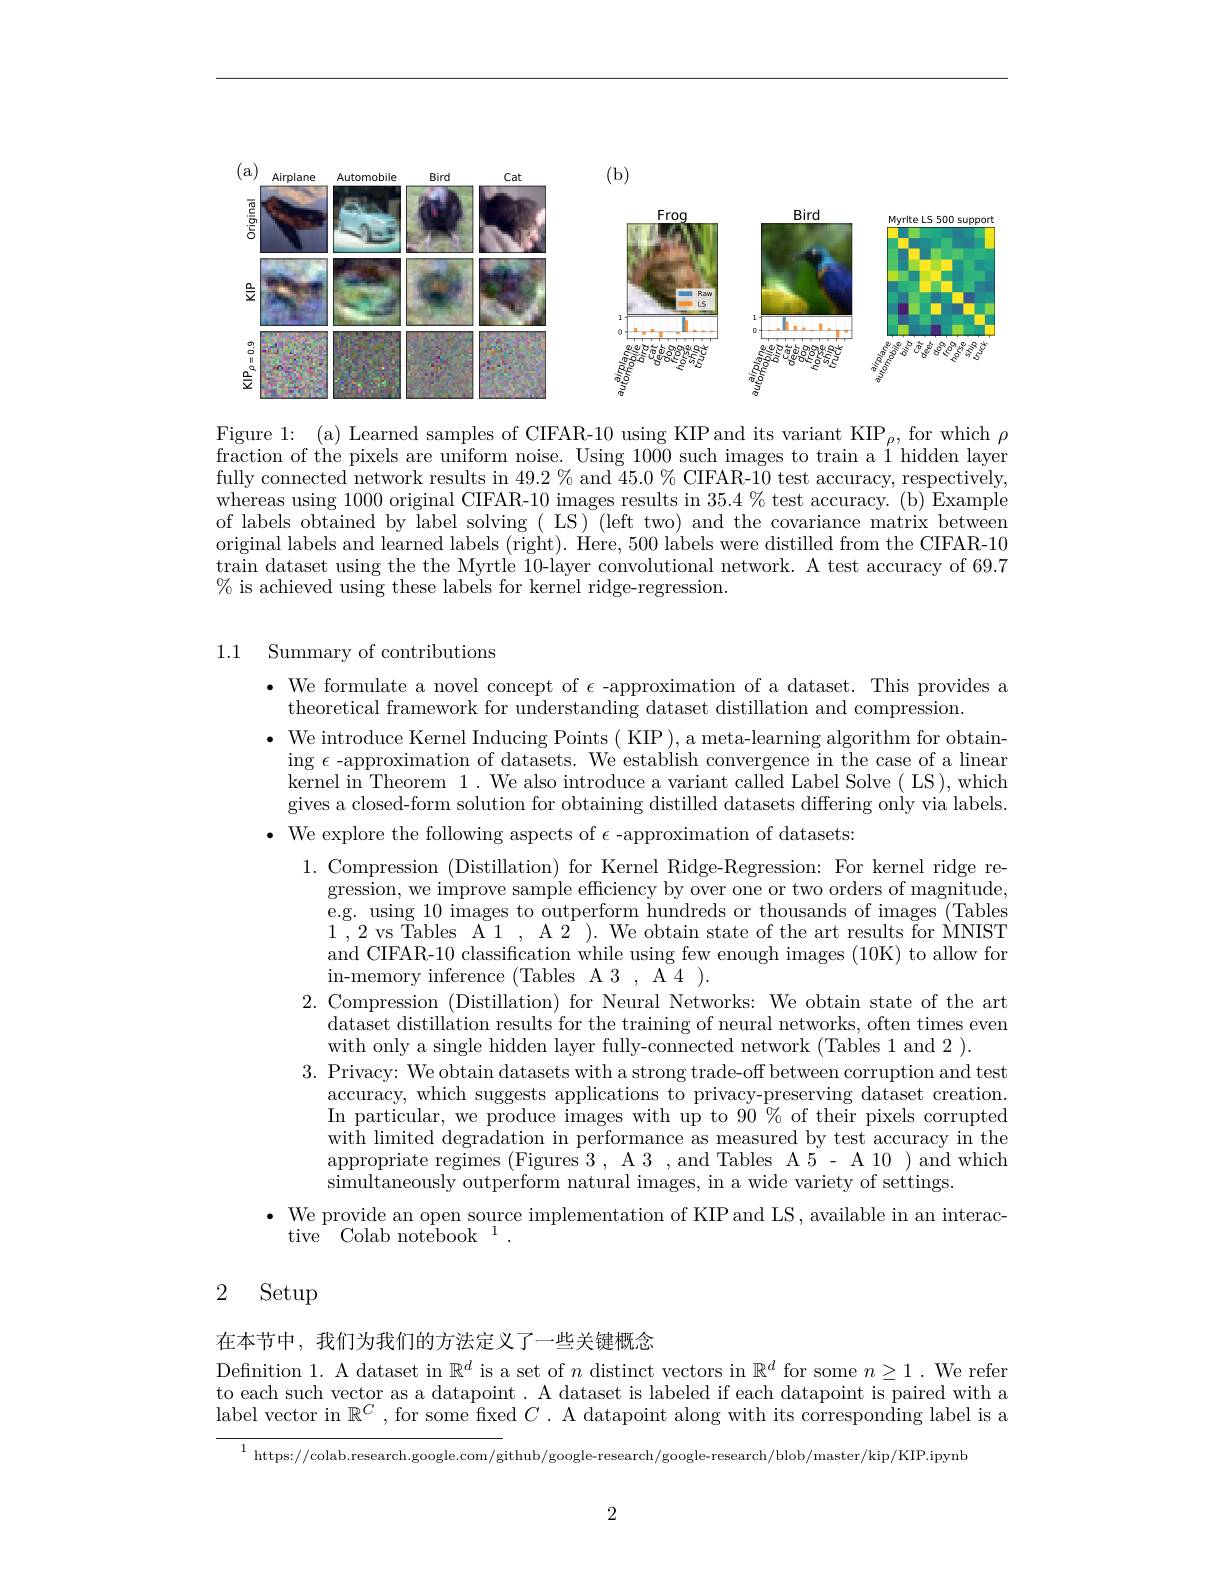
<FigureHere>

Figure 1: (a) Learned samples of CIFAR-10 using KIP and its variant KIP$_\rho$, for which $\rho$ fraction of the pixels are uniform noise. Using 1000 such images to train a i hidden layer fully connected network results in $49.2\%$ and $45.0\%$ CIFAR-10 test accuracy, respectively, whereas using 1000 original CIFAR-10 images results in $35.4\%$ test accuracy. (b) Example of labels obtained by label solving ( LS) (left two) and the covariance matrix between original labels and learned labels (right). Here, 500 labels were distilled from the CIFAR-10 train dataset using the the Myrtle 10-layer convolutional network. A test accuracy of 69.7 % is achieved using these labels for kernel ridge-regression.

## 1.1 Summary of contributions

· We formulate a novel concept of $\epsilon$ -approximation of a dataset. This provides a
theoretical framework for understanding dataset distillation and compression.
$\bullet$ We introduce Kernel Inducing Points ( KIP ), a meta-learning algorithm for obtain-
ing $\epsilon$ -approximation of datasets. We establish convergence in the case of a linear kernel in Theorem 1. We also introduce a variant called Label Solve ( LS),which gives a closed-form solution for obtaining distilled datasets differing only via labels.
$\bullet$ We explore the following aspects of $\epsilon$-approximation of datasets:
1. Compression (Distillation) for Kernel Ridge-Regression: For kernel ridge re-
gression, we improve sample efficiency by over one or two orders of magnitude, e.g. using 10 images to outperform hundreds or thousands of images (Tables 1,2 vs Tables A1 , A2 ). We obtain state of the art results for MNIST and CIFAR-10 classification while using few enough images (10K) to allow for in-memory inference (Tables A3, A4 ).
2. Compression (Distillation) for Neural Networks: We obtain state of the art
dataset distillation results for the training of neural networks, often times even
with only a single hidden layer fully-connected network (Tables 1 and 2 ).
3. Privacy: We obtain datasets with a strong trade-off between corruption and test
accuracy, which suggests applications to privacy-preserving dataset creation. In particular, we produce images with up to $90\%$ of their pixels corrupted with limited degradation in performance as measured by test accuracy in the appropriate regimes ( Figures 3 , A 3 , and Tables A 5 - A 10 ) and which simultaneously outperform natural images, in a wide variety of settings.
$\bullet$ We provide an open source implementation of KIP and LS, available in an interac-
${\mathrm{tive}}{\mathrm{~Colab~notebook}}^{1}.$

## 2 Setup

在本节中，我们为我们的方法定义了一些关键概念

Defnition 1. A dataset in $\mathbb{R}^d$ is a set of $n$ distinct vectors in $\mathbb{R}^d$ for some $n\geq1.$ We refer to each such vector as a datapoint . A dataset is labeled if each datapoint is paired with a label vector in $\mathbb{R}^C$ , for some fixed $C$ . A datapoint along with its corresponding label is a

$^{1}$ https://colab.research.google.com/github/google-research/google-research/blob/master/kip/KIP.ipynb

2